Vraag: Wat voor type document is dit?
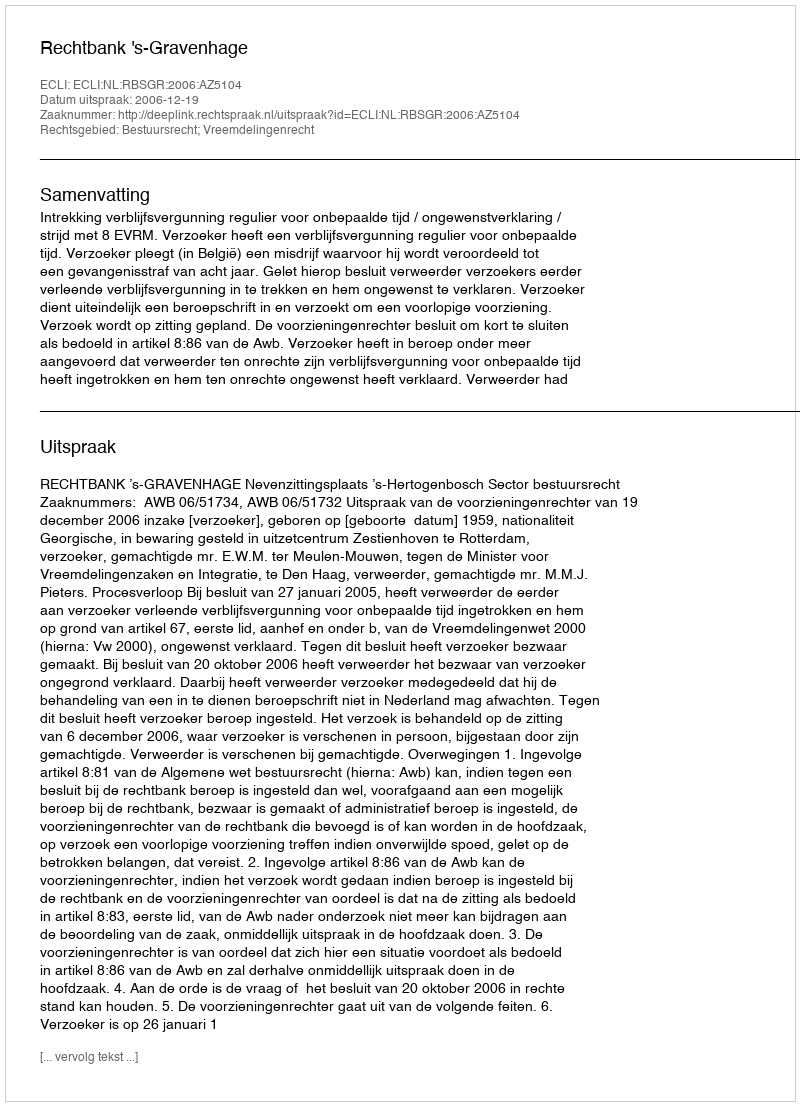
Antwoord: Uitspraak